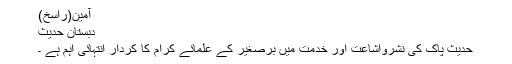
آمین(راسخ)
دبستان حدیث
حدیث پاک کی نشرواشاعت اور خدمت میں برصغیر کے علمائے کرام کا کردار انتہائی اہم ہے ۔